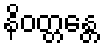
နိဝတ္တန္တေ